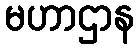
မဟာဌာန